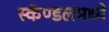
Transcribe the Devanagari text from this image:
स्कॅण्डलमध्ये